Civil Veterinary Department. Central Provinces & Berar 1925-31 - 1925-1931
Year: 1925
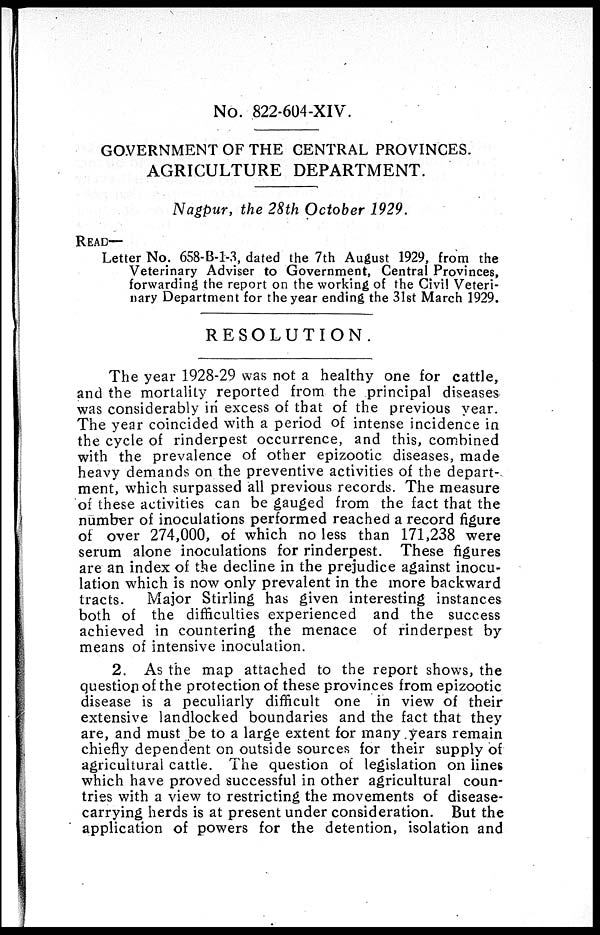
No. 822-604-XIV.
GOVERNMENT OF THE CENTRAL PROVINCES.
AGRICULTURE DEPARTMENT.
Nagpur, the 28th October 1929.
READ—
Letter No. 658-B-1-3, dated the 7th August 1929, from the
Veterinary Adviser to Government, Central Provinces,
forwarding the report on the working of the Civil Veteri-
nary Department for the year ending the 31st March 1929.
RESOLUTION.
The year 1928-29 was not a healthy one for cattle,
and the mortality reported from the principal diseases
was considerably in excess of that of the previous year.
The year coincided with a period of intense incidence in
the cycle of rinderpest occurrence, and this, combined
with the prevalence of other epizootic diseases, made
heavy demands on the preventive activities of the depart-
ment, which surpassed all previous records. The measure
of these activities can be gauged from the fact that the
number of inoculations performed reached a record figure
of over 274,000, of which no less than 171,238 were
serum alone inoculations for rinderpest. These figures
are an index of the decline in the prejudice against inocu-
lation which is now only prevalent in the more backward
tracts. Major Stirling has given interesting instances
both of the difficulties experienced and the success
achieved in countering the menace of rinderpest by
means of intensive inoculation.
2. As the map attached to the report shows, the
question of the protection of these provinces from epizootic
disease is a peculiarly difficult one in view of their
extensive landlocked boundaries and the fact that they
are, and must be to a large extent for many years remain
chiefly dependent on outside sources for their supply of
agricultural cattle. The question of legislation on lines
which have proved successful in other agricultural coun-
tries with a view to restricting the movements of disease-
carrying herds is at present under consideration. But the
application of powers for the detention, isolation and